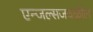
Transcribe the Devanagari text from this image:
एन्जल्सजवळील